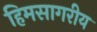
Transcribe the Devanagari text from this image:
हिमसागरीय